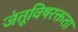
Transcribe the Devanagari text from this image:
जंतूविषरक्तता